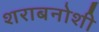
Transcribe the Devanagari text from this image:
शराबनोशी